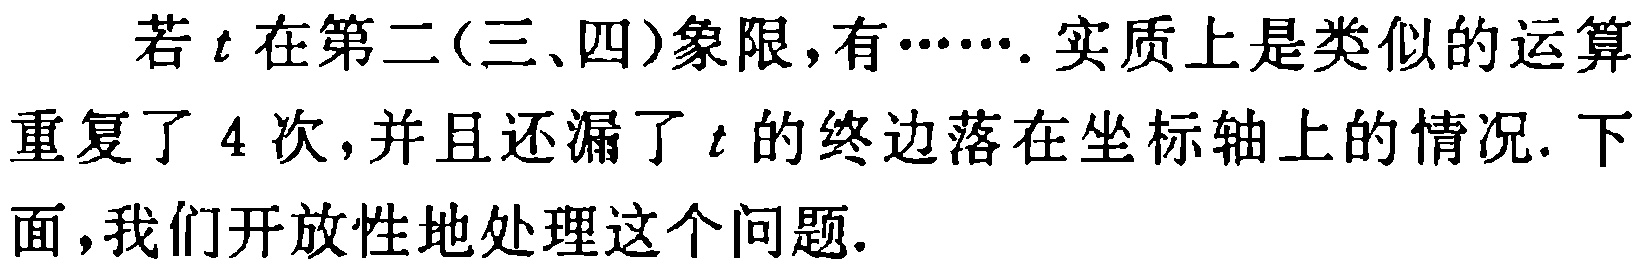
若 \(t\) 在第二(三、四)象限,有……. 实质上是类似的运算重复了 \(4\) 次,并且还漏了 \(t\) 的终边落在坐标轴上的情况. 下面,我们开放性地处理这个问题.